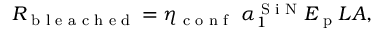
R _ { \textrm { b l e a c h e d } } = \eta _ { \textrm { c o n f } } \ \alpha _ { 1 } ^ { \textrm { S i N } } E _ { \textrm { p } } L A ,